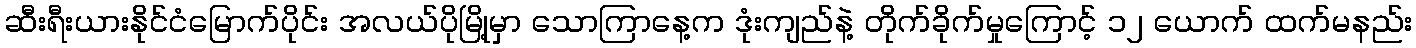
ဆီးရီးယားနိုင်ငံမြောက်ပိုင်း အလယ်ပိုမြို့မှာ သောကြာနေ့က ဒုံးကျည်နဲ့ တိုက်ခိုက်မှုကြောင့် ၁၂ ယောက် ထက်မနည်း